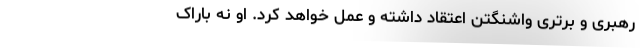
رهبری و برتریِ واشنگتن اعتقاد داشته و عمل خواهد کرد. او نه باراک